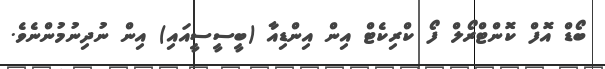
ބޯޑް އޮފް ކޮންޓްރޯލް ފޯ ކްރިކެޓް އިން އިންޑިއާ (ބީސީސީއައި) އިން ނުދިނުމުންނެވެ.